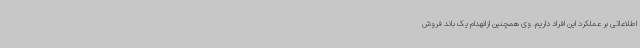
اطلاعاتی بر عملکرد این افراد داریم. وی همچنین ازانهدام یک باند فروش